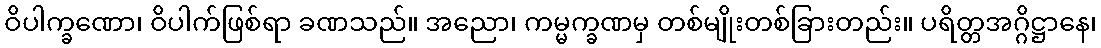
ဝိပါက္ခဏော၊ ဝိပါက်ဖြစ်ရာ ခဏသည်။ အညော၊ ကမ္မက္ခဏမှ တစ်မျိုးတစ်ခြားတည်း။ ပရိတ္တအဂ္ဂိဋ္ဌာနေ၊